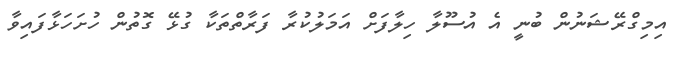
އިމިގްރޭޝަނުން ބުނީ އެ އުސޫލާ ހިލާފަށް އަމަލުކުރާ ފަރާތްތަކާ ގުޅޭ ގޮތުން ހުށަހަޅާފައިވާ